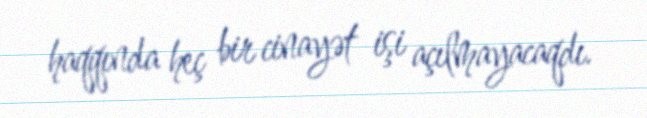
haqqında heç bir cinayət işi açılmayacaqdı.